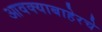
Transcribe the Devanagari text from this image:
आवक्याबाहेरचे